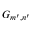
G _ { m ^ { \prime } , n ^ { \prime } }